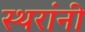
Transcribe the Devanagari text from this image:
स्थरांनी